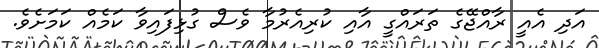
އަދި އެއީ ރާއްޖޭގެ ތަރައްގީ އާއި ކުރިއެރުމާ ވެސް ގުޅިފައިވާ ކަމެއް ކަމަށެވެ.